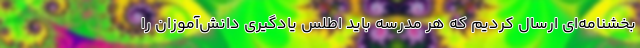
بخشنامه‌ای ارسال کردیم که هر مدرسه باید اطلس یادگیری دانش‌آموزان را